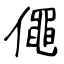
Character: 僶